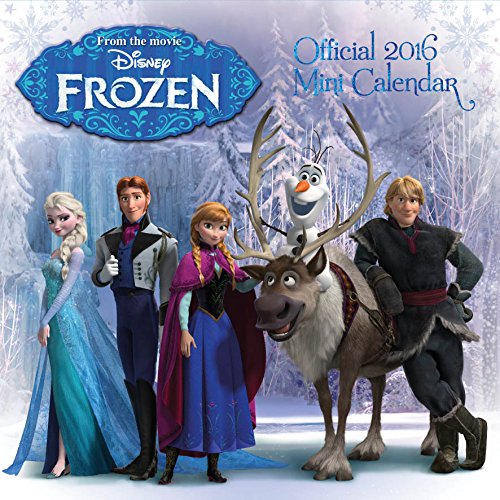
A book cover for The Official Disney Frozen 2016 Mini Calendar; Calendars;